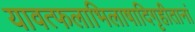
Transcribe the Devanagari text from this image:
यावत्फलाभिलाषादिगृहीतानां